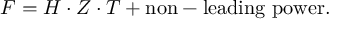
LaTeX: F = H \cdot Z \cdot T + \mathrm { n o n - l e a d i n g ~ p o w e r } .